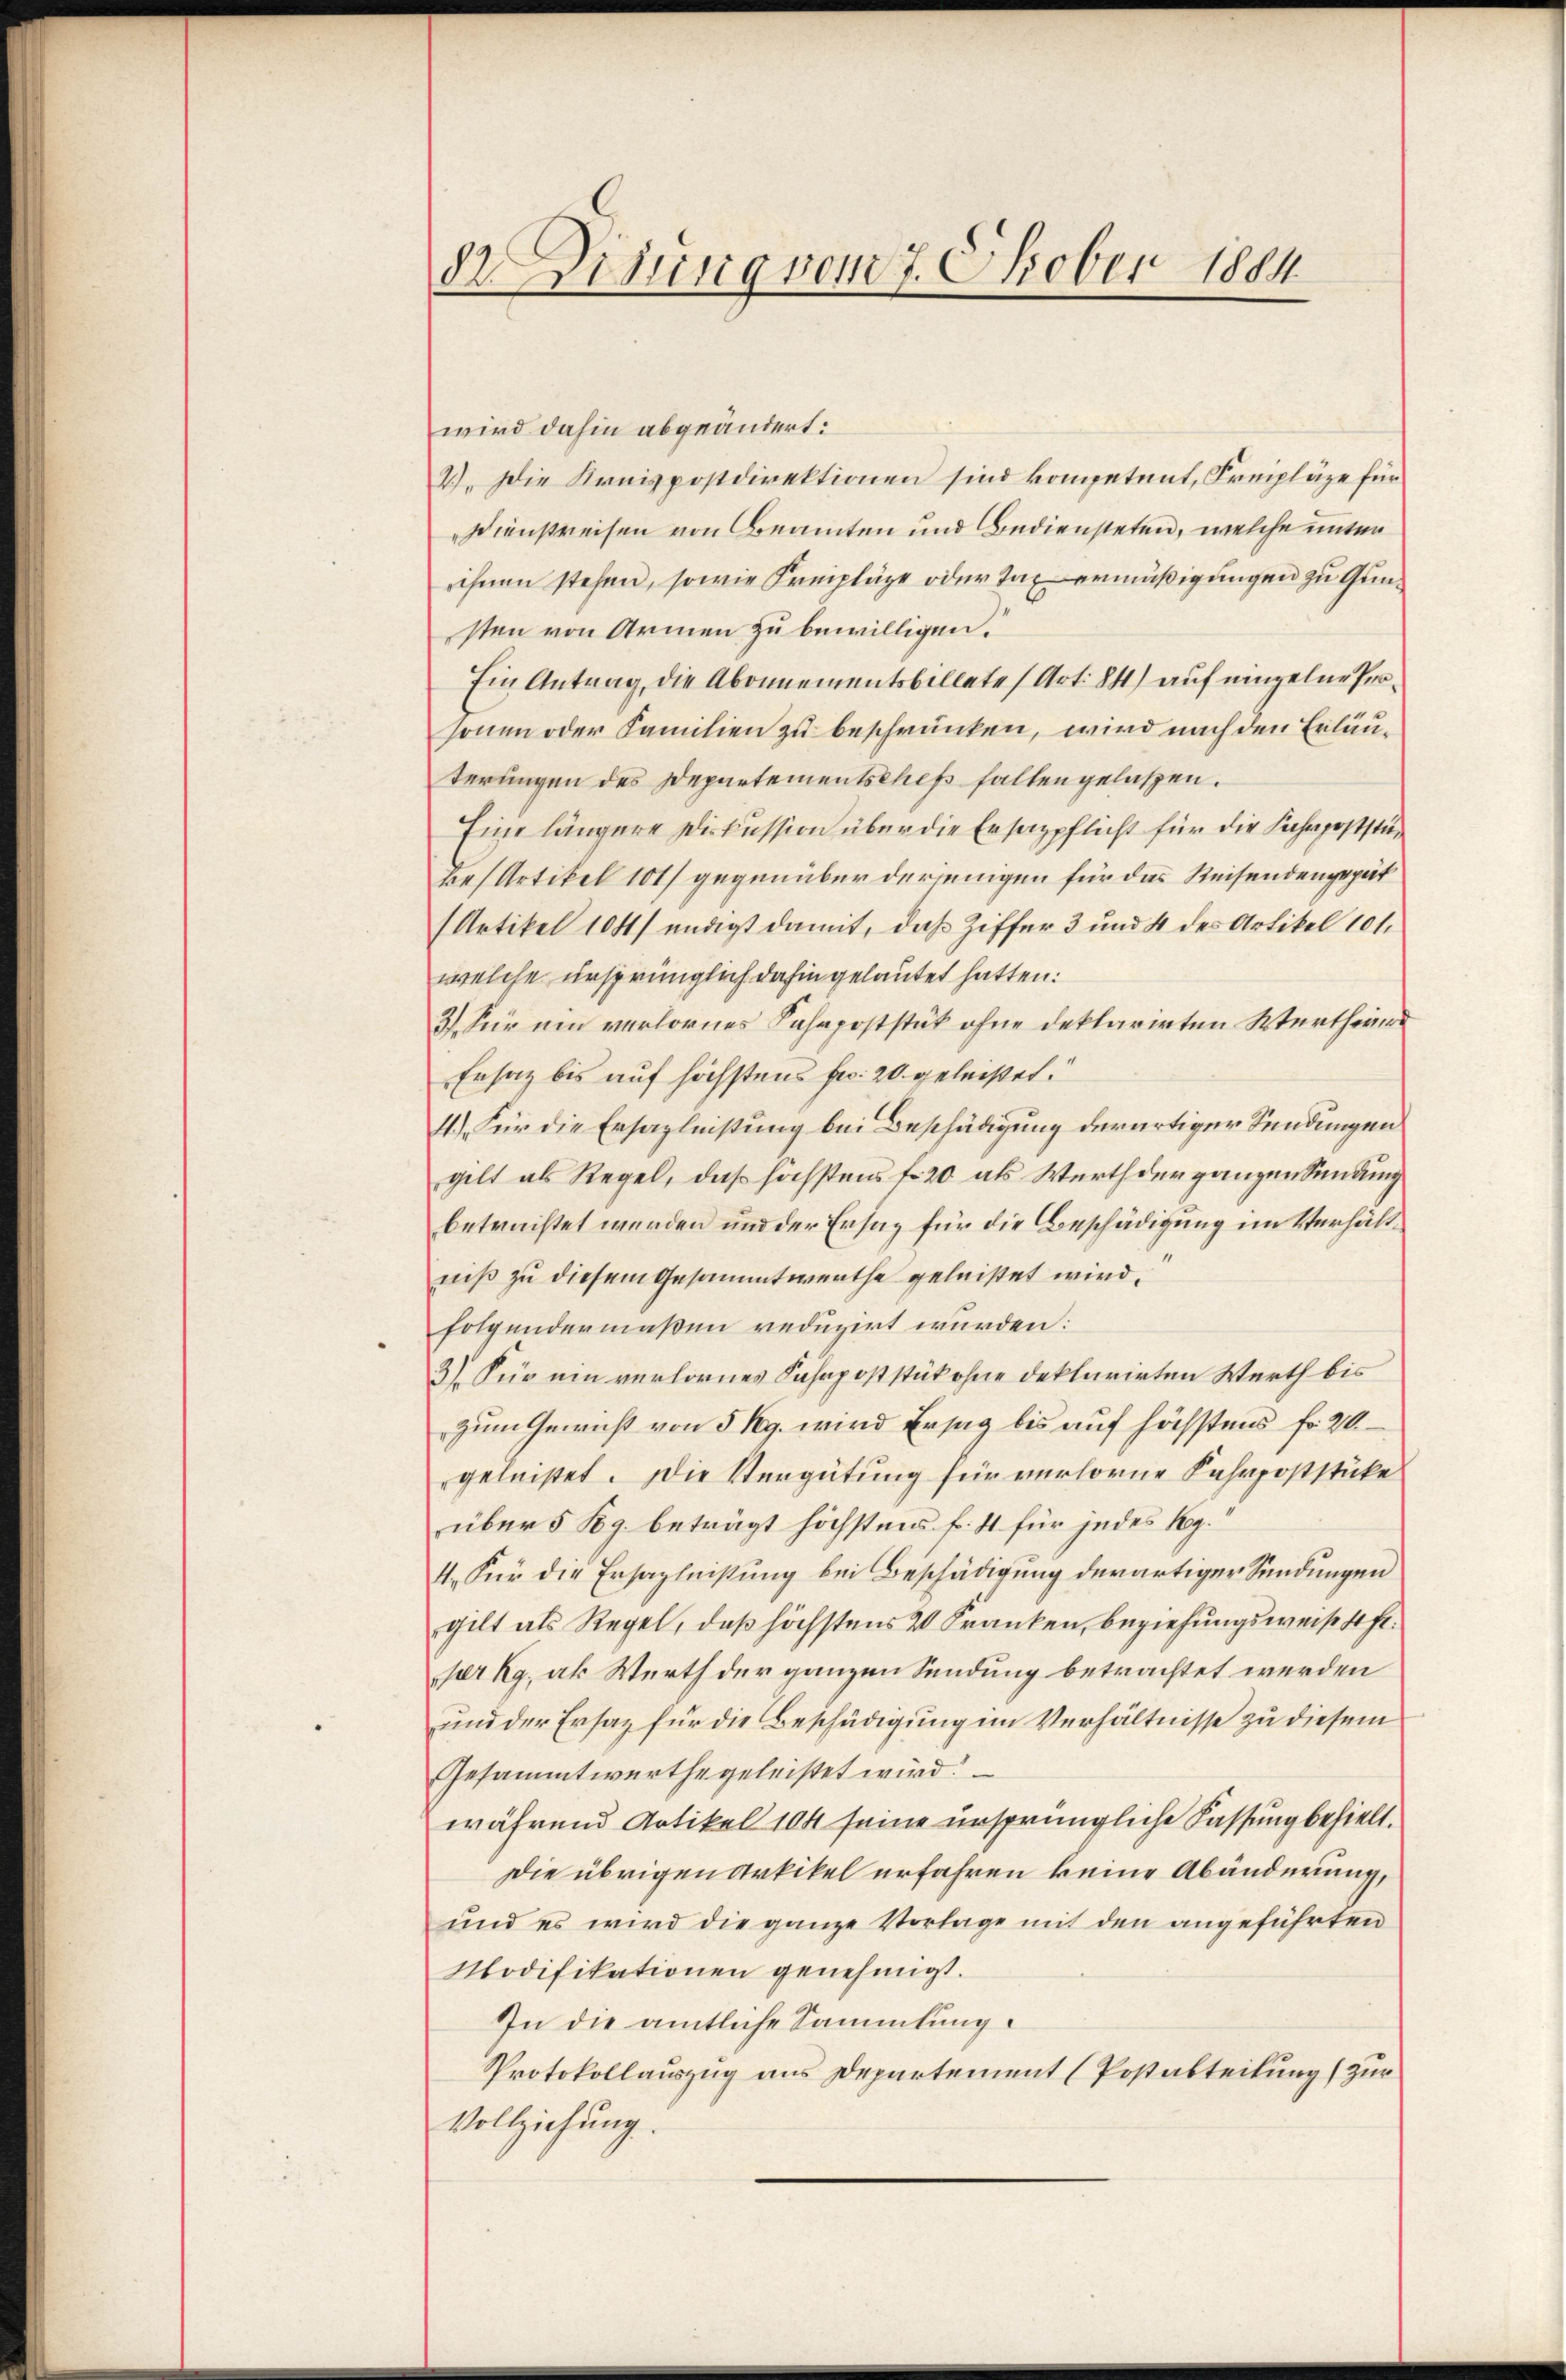
d Disung vom 7. Oktober 1884

wird dahin abgeändert:
2). Die Kreispostdirektionen sind kompetent, Freipläge für
Dienstreisen von Beamten und Bediensteten, welche unter
rihnen stehen, sowie Freipläge oder Tag ermäßigungen zu Gunsten von Armen zu bewilligen.
Ein Antrag, die Abonnementsbillate (Art. 84) auf einzelne Prosonen oder Familien zu beschränken, wird nach den Erläuterungen des Departementschef halten gelassen.
Eine längere Diskussion über die Ersazpflicht für die Fahrpoststures Artikel 101) gegenüber derjenigen für das Reisendengepät
(Artikel 104) endigt damit, daß Ziffer 3 und 4 des Artikel 101.
welche ursprünglich dahin gelautet hatten.
3.) Für um verlornes Fahrpoststük ohne deklarirten Werthei
Ersatz bis auf höchstens Fr. 20. geleiset.
11.) Für die Ersazlnißung bei Beschädigung derartiger Sendungen
gelt als Regel, daß höchstens fr. 20 als Werth der ganzen Sendung
betrachtet werden und der Ersatz für die Beschädigung im Verhältniß zu diesem Gesammtwerthe geleistet wird.
folgendermaßen reduzirt wurden:
3) Für ein verlornes Fahrpoststück ohne deklarirten Werth bis
zum Gewicht von 5 Rg. wird Ersag bis auf höchstens fr. 20.
geleistet. Die Vergütung für verlorne Fahrpoststücke
über 5 Kg. beträgt höchstens f. 41 für jedes Reg.
4. Für die Ersazlnißung bei Beschädigung derartiger Sendungen
gilt als Regel, daß höchstens 2 Franken, beziehungsweise heft
pr kg, als Werth der ganzen Sendung betrachtet werden
und der Ersatz für die Beschädigung im Verhältnisse zu diesem
Gesammtwerthe geleistet wird.
während Artikel 104 seine ursprüngliche Fassung behielt.
Die übrigen Artikel erfahren keine Abänderung,
und es wird die ganze Vorlage mit den angeführten
Modifikationen genehmigt.
In die amtliche Sammlung.
Protokollauszug aus Departement (Postabteilung zur
Vollziehung.